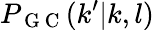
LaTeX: P_{\mathrm{~G~C~}}(k^{\prime}|k,l)